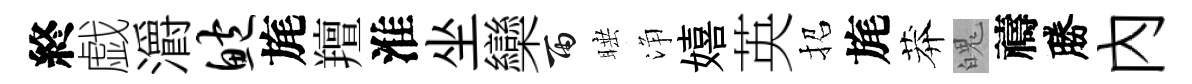
終戯灂鲍旄羶淮坐欒雨睡浄嬉英招旄莽魄禱勝內